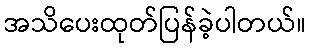
အသိပေးထုတ်ပြန်ခဲ့ပါတယ်။